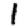
Digit: 1